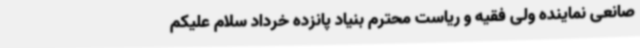
صانعی نماینده ولی فقیه و ریاست محترم بنیاد پانزده خرداد سلام علیکم